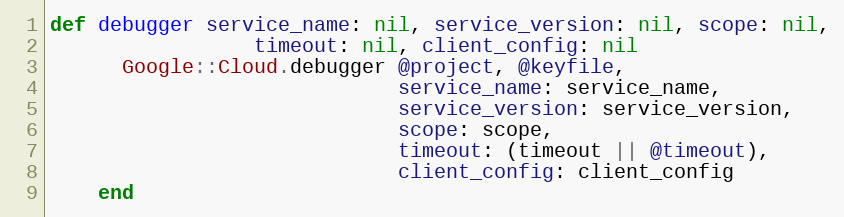
Language: Ruby
def debugger service_name: nil, service_version: nil, scope: nil,
                 timeout: nil, client_config: nil
      Google::Cloud.debugger @project, @keyfile,
                             service_name: service_name,
                             service_version: service_version,
                             scope: scope,
                             timeout: (timeout || @timeout),
                             client_config: client_config
    end